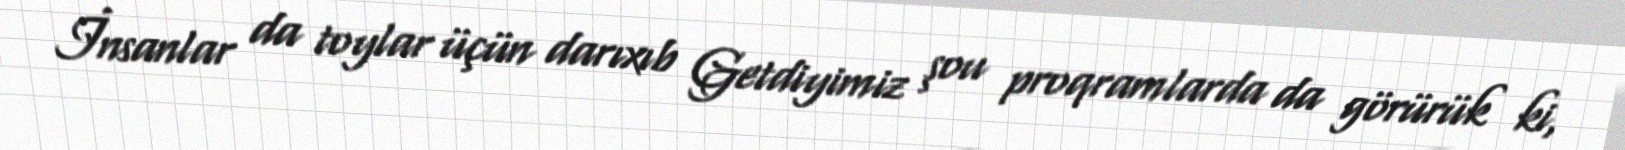
İnsanlar da toylar üçün darıxıb Getdiyimiz şou proqramlarda da görürük ki,